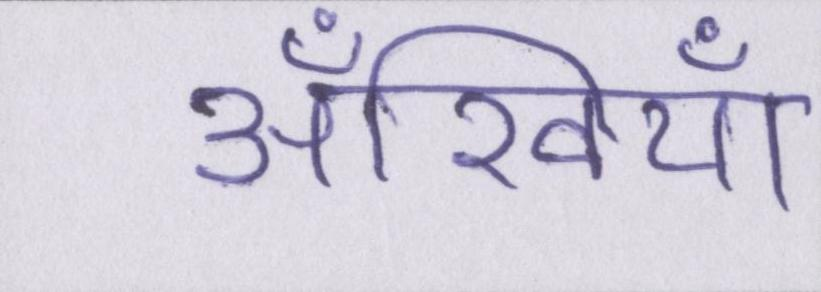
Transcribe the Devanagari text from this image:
अँखियाँ